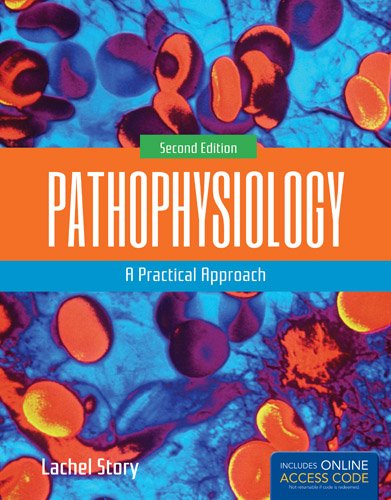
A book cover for Pathophysiology: A Practical Approach; Lachel Story; Medical Books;